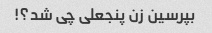
بپرسین زن پنجعلی چی شد؟!